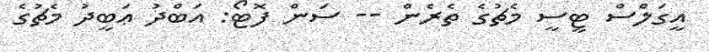
އީގަލްސް ޓީސީ މެޗުގެ ތެރެން -- ސަން ފޮޓޯ: އަބްދު ޢަބީދު މެޗުގެ